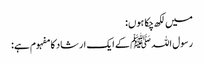
میں لکھ چکا ہوں:
رسول اللہ ﷺ کے ایک ارشاد کا مفہوم ہے: